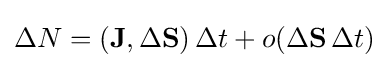
\Delta N=(\mathbf {J} ,\Delta \mathbf {S} )\,\Delta t+o(\Delta \mathbf {S} \,\Delta t)